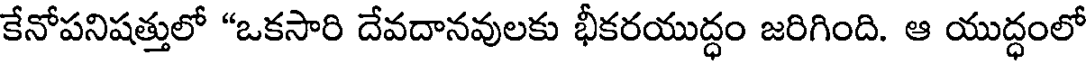
కేనోపనిషత్తులో "ఒకసారి దేవదానవులకు భీకరయుద్ధం జరిగింది. ఆ యుద్ధంలో